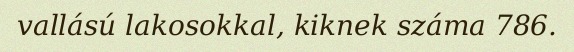
vallású lakosokkal, kiknek száma 786.